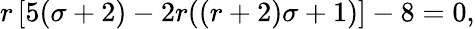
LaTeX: r\left[5(\sigma+2)-2r((r+2)\sigma+1)\right]-8=0,